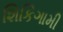
શિકિગામી